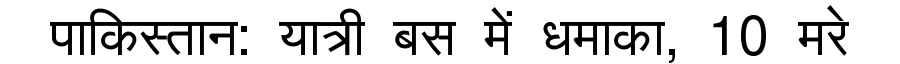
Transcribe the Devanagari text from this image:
पाकिस्तान: यात्री बस में धमाका, 10 मरे